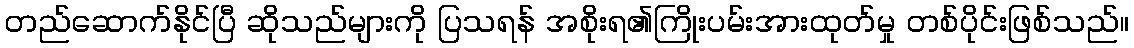
တည်ဆောက်နိုင်ပြီ ဆိုသည်များကို ပြသရန် အစိုးရ၏ကြိုးပမ်းအားထုတ်မှု တစ်ပိုင်းဖြစ်သည်။